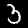
Label: 3